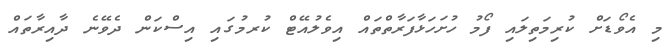
މި އެވޯޑަށް ކުރިމަތިލައި ފޯމު ހުށަހަޅާފަރާތްތައް އިވެލުއޭޓް ކުރމުގައި އިސްކަން ދެވޭނެ ދާއިރާތައް